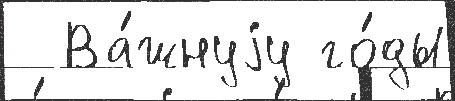
  Ва́жнуjу го́ды